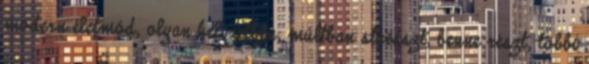
modern életmód, olyan helyzetben, múltban stresszt, benne részt, többi